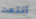
أنتهت